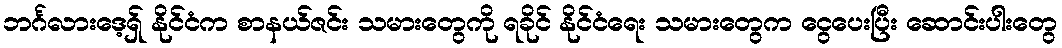
ဘင်္ဂလားဒေ့ရှ် နိုင်ငံက စာနယ်ဇင်း သမားတွေကို ရခိုင် နိုင်ငံရေး သမားတွေက ငွေပေးပြီး ဆောင်းပါးတွေ